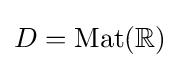
D=\mathrm {Mat} (\mathbb {R} )